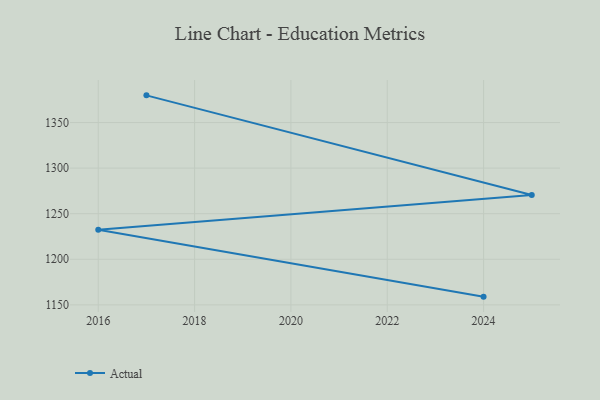
{"axis": {"x": "Year", "y": "Backlog"}, "legend": ["Actual"], "data": [{"x": "2017", "y": 1379.8, "type": "Actual"}, {"x": "2025", "y": 1270.5, "type": "Actual"}, {"x": "2016", "y": 1232.3, "type": "Actual"}, {"x": "2024", "y": 1159.0, "type": "Actual"}]}